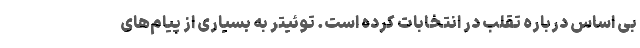
بی اساس درباره تقلب در انتخابات کرده است. توئیتر به بسیاری از پیام‌های